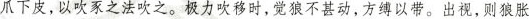
爪下皮，以吹豕之法吹之。极力吹移时，觉狼不甚动，方缚以带。出视，则狼胀